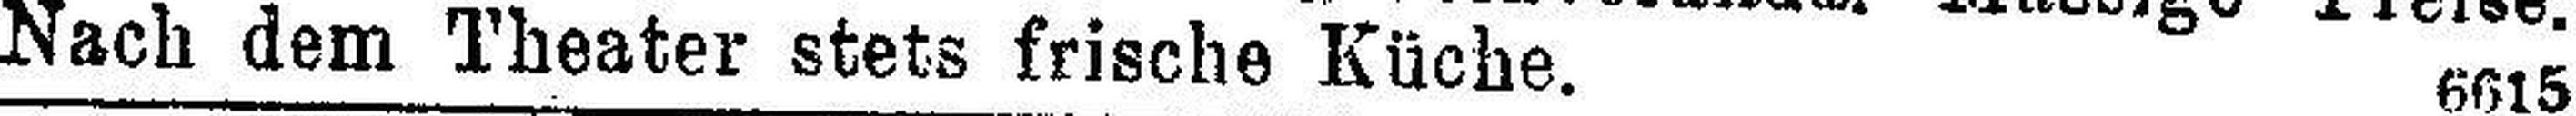
Nach dem Theater stets frische Küche. 6615